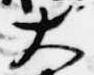
大